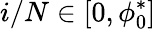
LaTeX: i/N\in[0,\phi_{0}^{*}]